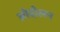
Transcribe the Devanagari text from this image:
ओदोलन